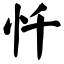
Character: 忏